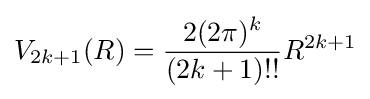
V_{2k+1}(R)={\frac {2(2\pi )^{k}}{(2k+1)!!}}R^{2k+1}